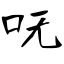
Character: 呒